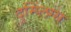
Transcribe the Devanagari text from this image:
दुम्प्लिंग्स